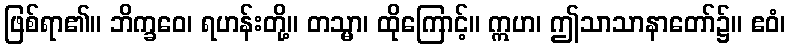
ဖြစ်ရာ၏။ ဘိက္ခဝေ၊ ရဟန်းတို့။ တသ္မာ၊ ထိုကြောင့်။ ဣဟ၊ ဤသာသာနာတော်၌။ ဧဝံ၊